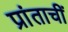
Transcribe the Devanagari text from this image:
प्रांताचीं